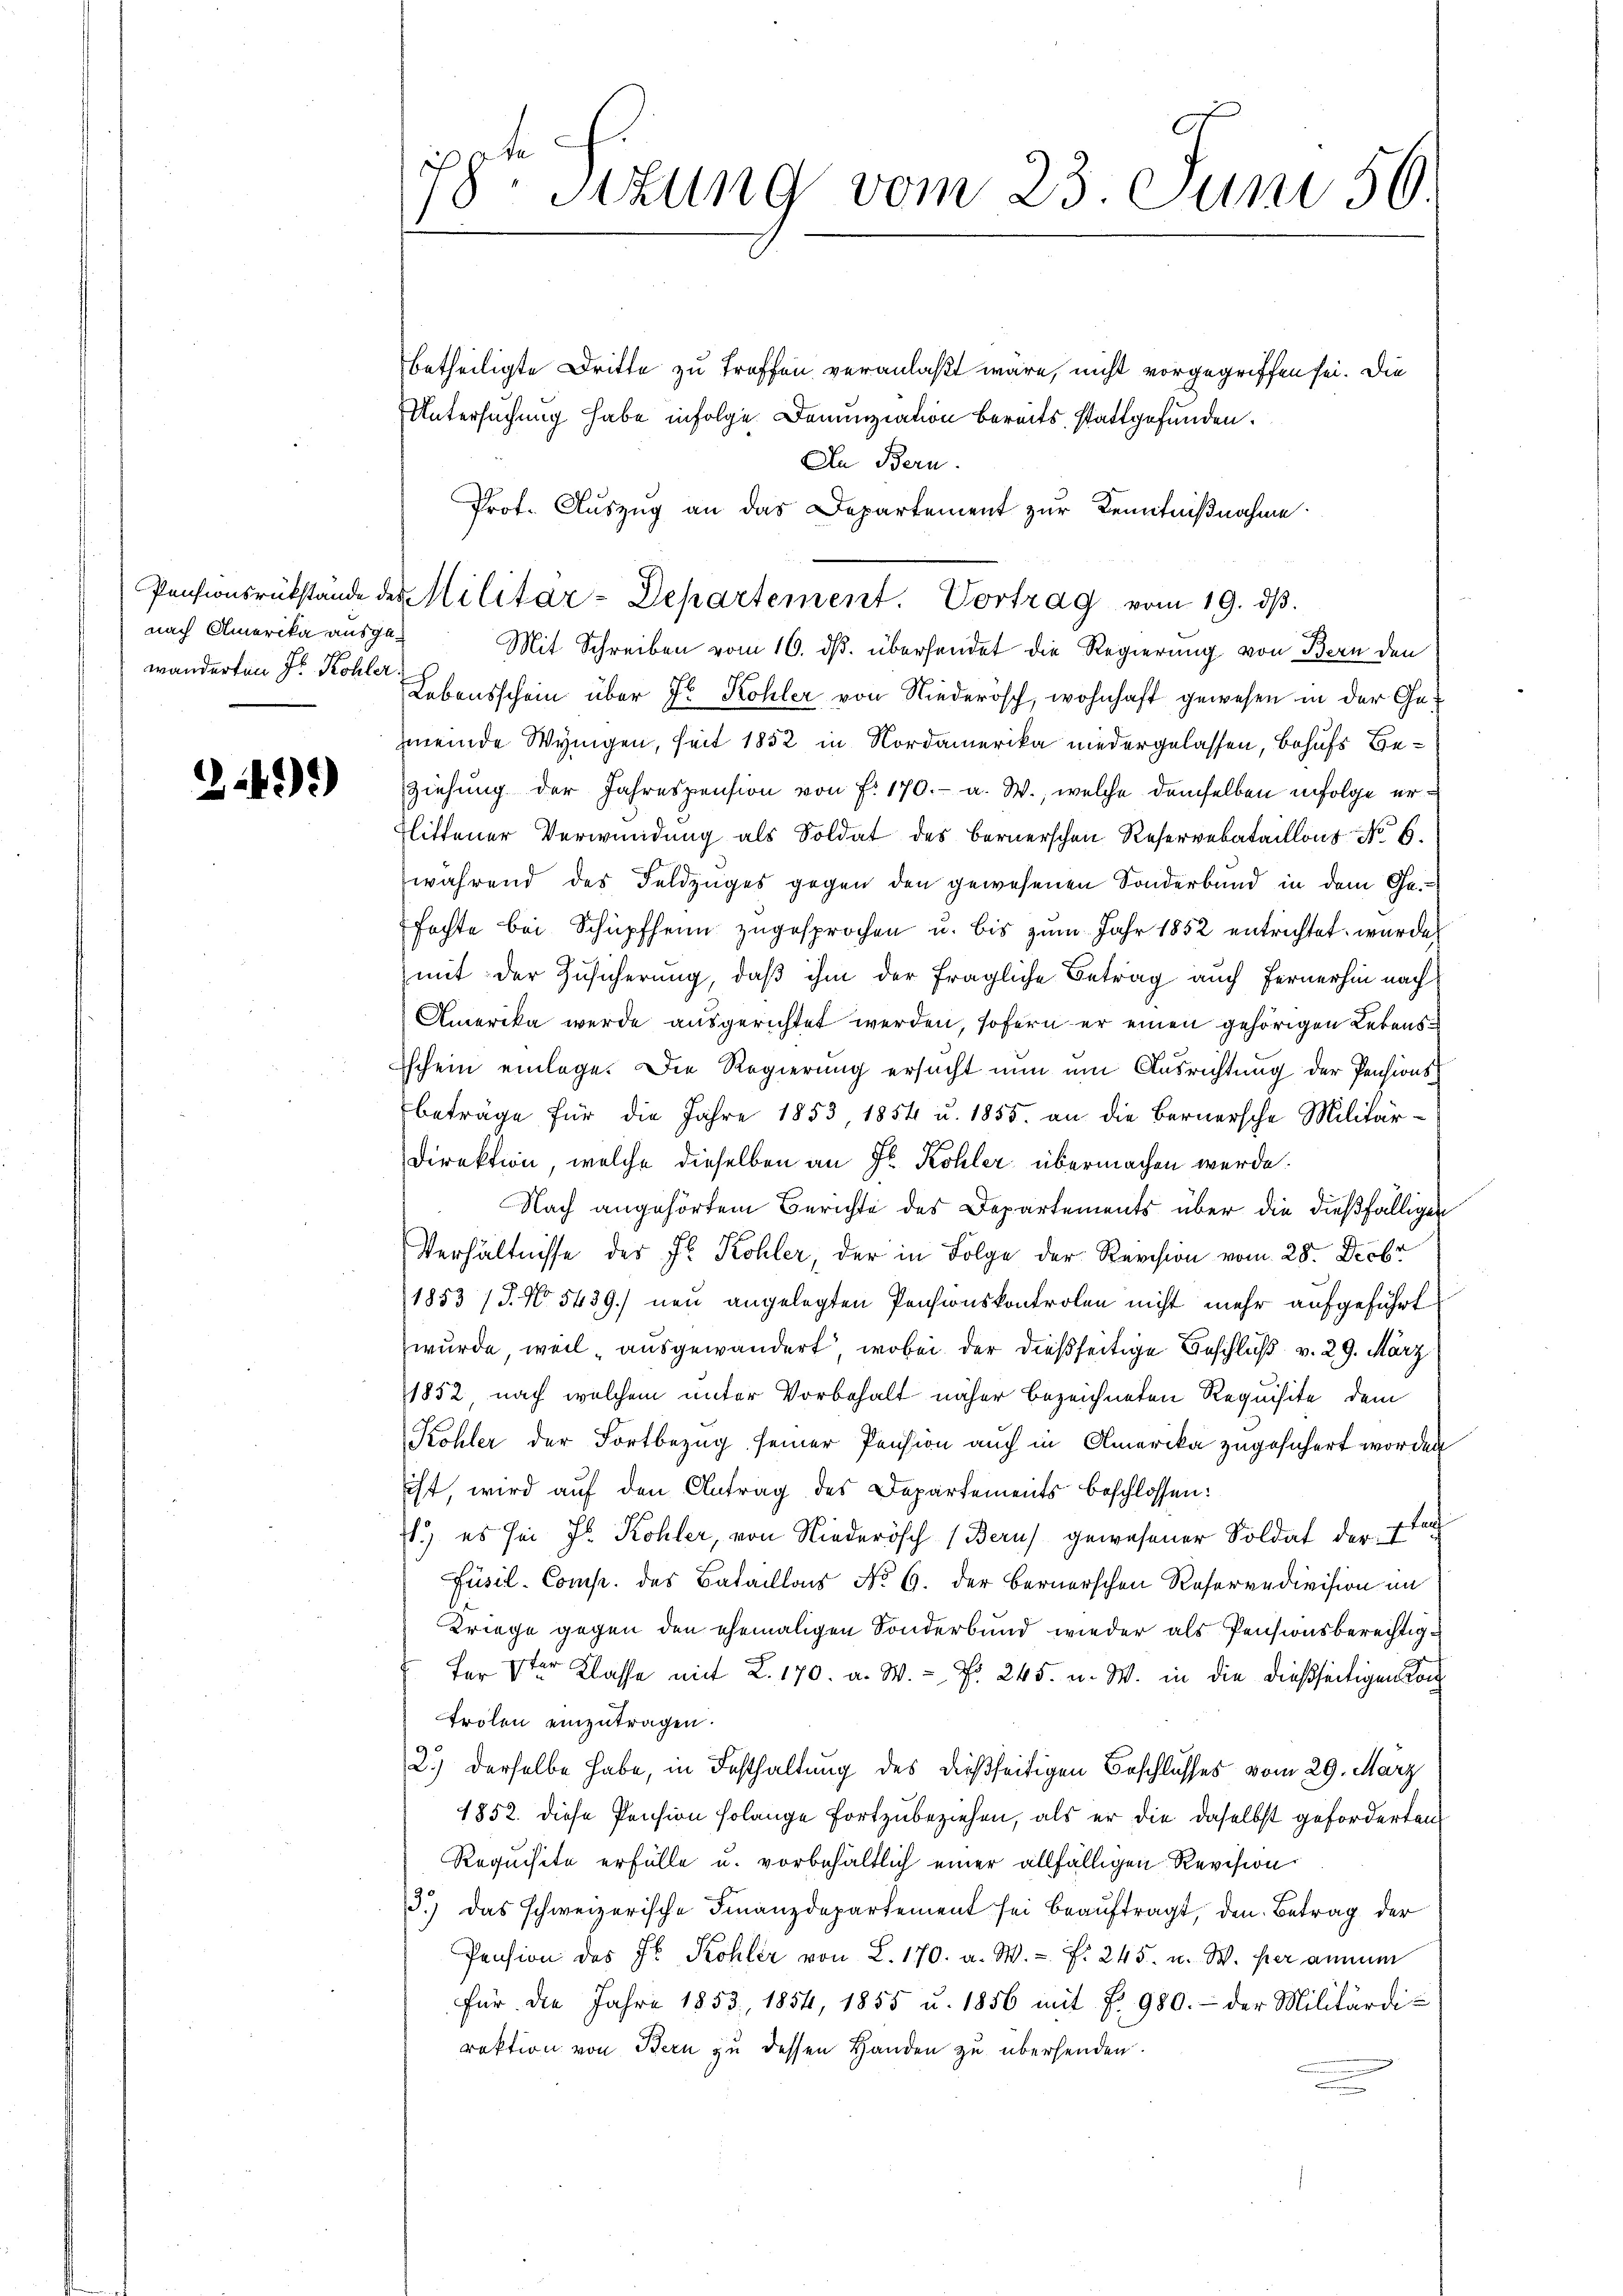
nach Amerika ausgewanderten Sr. Kohler.

2.2)

78r Sitzung vom 23 Juni 50.

betheiligte Dritte zu treffen veranlaßt wäre, nicht vorgegriffen sei. Die
Untersuchung habe infolge Denunziation bereits stattgefunden.
An Bern.
Prof. Auszug an das Departement zur Kenntnißnahme
Mit Schreiben vom 16. ds. übersendet die Regierung von Bern den
Lebensschein über Fr. Kohler von Niederösch, wohnhaft gewesen in der Gemeinde Wyngen, seit 1852 in Nordamerika niedergelassen, behufs Be¬
Ziehung der Jahrespension von f. 170.- a. W., welche demselben infolge erlittener Verwendung als Soldat des Bernerschen Reservebataillons No 6.
während des Feldzuges gegen den gewesenen Sonderbund in dem Ge-
fachte bei Schüpfheim zugesprochen u. bis zum Jahr 1852 entrichtet wurde
mit der Zusicherung, daß ihm der fragliche Betrag auch Fernerhin nach
Amerika werde ausgerichtet werden, sofern er einen gehörigen Lebens¬
Eschein einlage. Die Regierung ersucht nun am Ausrichtung der Pensionsbeträge für die Jahre 1853, 1854 u. 1855. an die Bernersche Militär-
Direktion, welche dieselben an Fr. Kohler übermachen werde.
Nach angehörtem Berichte des Departements über die dießfälligen
Verhältnisse des Fr. Kohler, der in Folge der Revision vom 28. Decbr
1853 /J. No 5439. neu angelegten Pensionskontrolen nicht mehr aufgeführt
wurde, weil „ausgewandert, wobei der dießseitige Beschluß v. 29. März
1852 nach welchem unter Vorbehalt näher bezeichneten Requisite dem
Köhler der Fortbezug seiner Pension auch in Amerika zugesichert worden
iht, wird auf den Antrag des Departements beschlossen:
leh
1.) es sei J. Kohler, von Niederösch (Beruf gewesener Soldat der I
Füsil. Comp. des Bataillons No 6. der Bernerschen Reservedivision im
Kriege gegen den ehemaligen Sonderbund wieder als Pensionsberechtig¬
Fer 3ter Klasse mit L. 170. a. W. P. 245. u. W. in die dießseitigen Kon
trolen einzutragen.
2.) Derselbe habe, in Festhaltung des dießseitigen Beschlusses vom 29. März
1852. diese Pension solange fortzubeziehen, als er die daselbst geforderten
Requisite erfülle u. vorbehältlich einer allfälligen Revision
13.) Das schweizerische Finanzdepartement sei beaŭftragt, den Betrag der
Pension des Fr. Kohler von L. 170. a. W. f. 245. u. W. per annem
für die Jahre 1853, 1854, 1855 u. 1856 mit P. 980.- der Militärdi-
rektion von Bern zu dessen Handen zu überhenden.

Pensionsrükstande des Militar-Departement. Vortrag vom 19. dβ.